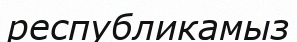
республикамыз